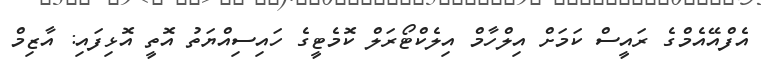
އެފްއޭއެމްގެ ރައީސް ކަމަށް އިލްހާމް އިލެކްޓޯރަލް ކޮމެޓީގެ ހައިސިއްޔަތު އޮތީ އޮޅިފައި: އާޒިމް